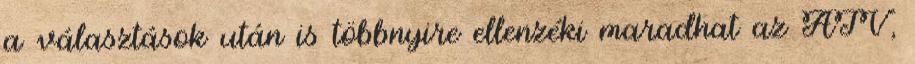
a választások után is többnyire ellenzéki maradhat az ATV,